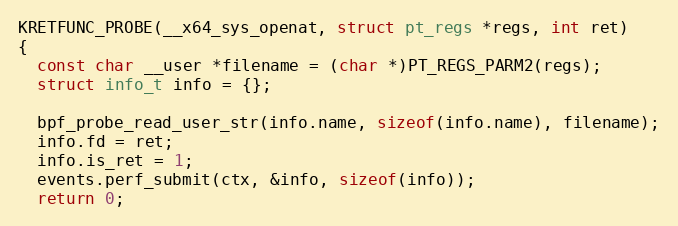
Language: C++
KRETFUNC_PROBE(__x64_sys_openat, struct pt_regs *regs, int ret)
{
  const char __user *filename = (char *)PT_REGS_PARM2(regs);
  struct info_t info = {};

  bpf_probe_read_user_str(info.name, sizeof(info.name), filename);
  info.fd = ret;
  info.is_ret = 1;
  events.perf_submit(ctx, &info, sizeof(info));
  return 0;